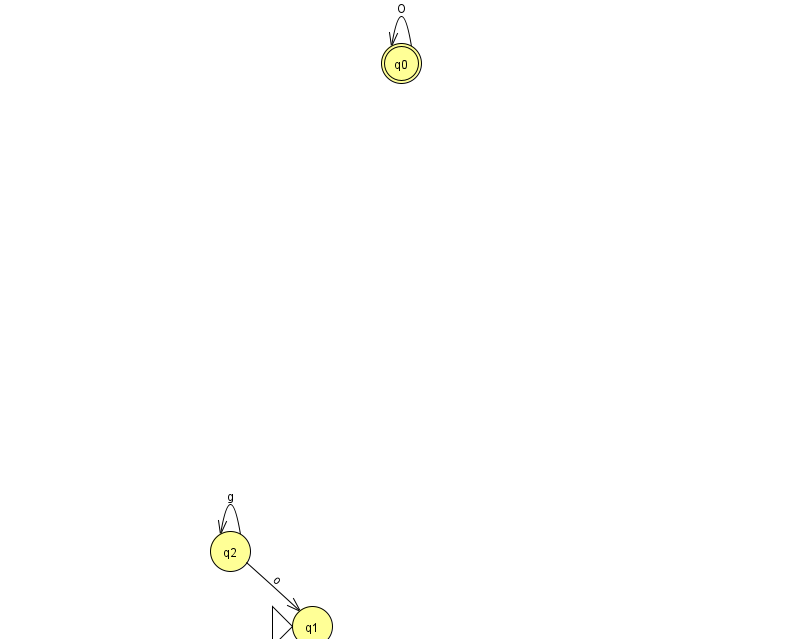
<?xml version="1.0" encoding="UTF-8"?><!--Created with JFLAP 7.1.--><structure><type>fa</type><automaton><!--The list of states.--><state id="0" name="q0"><x>401.0</x><y>50.0</y><final/></state><state id="1" name="q1"><x>312.0</x><y>613.0</y><initial/></state><state id="2" name="q2"><x>230.0</x><y>538.0</y></state><!--The list of transitions.--><transition><from>2</from><to>2</to><read>g</read></transition><transition><from>2</from><to>1</to><read>o</read></transition><transition><from>0</from><to>0</to><read>O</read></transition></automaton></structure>